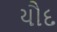
યૌદ